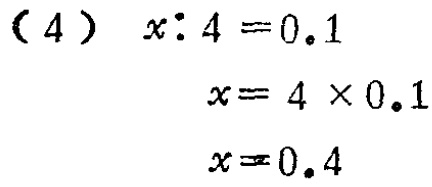
(4)答：检验，作答.